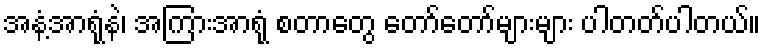
အနံ့အာရုံနဲ၊ အကြားအာရုံ စတာတွေ တော်တော်များများ ပါတတ်ပါတယ်။